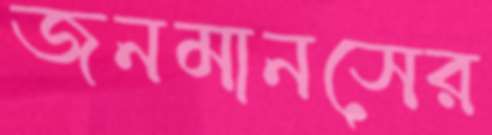
জনমানসের